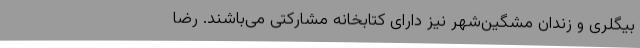
بیگلری و زندان مشگین‌شهر نیز دارای کتابخانه مشارکتی می‌باشند. رضا